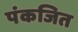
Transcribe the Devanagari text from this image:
पंकजित